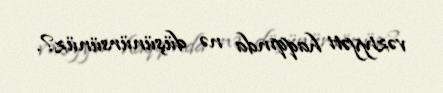
vəziyyəti haqqında nə düşünürsünüz?.